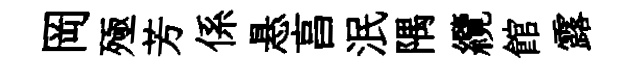
岡殛芳係悬亯泯隅纜館露